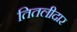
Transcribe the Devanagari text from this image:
तितलीदार